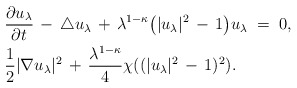
\begin{align*}& \frac{\partial u_\lambda}{\partial t} \, - \, \triangle u_\lambda \, + \, \lambda^{1-\kappa} \bigl( | u_\lambda |^2 \, - \, 1 \bigr) u_\lambda \; = \; 0,\\&\frac 12 |\nabla u_\lambda|^2 \, + \, \frac{\lambda^{1-\kappa}}4 \chi ((| u_\lambda |^2 \, - \, 1 )^2).\end{align*}